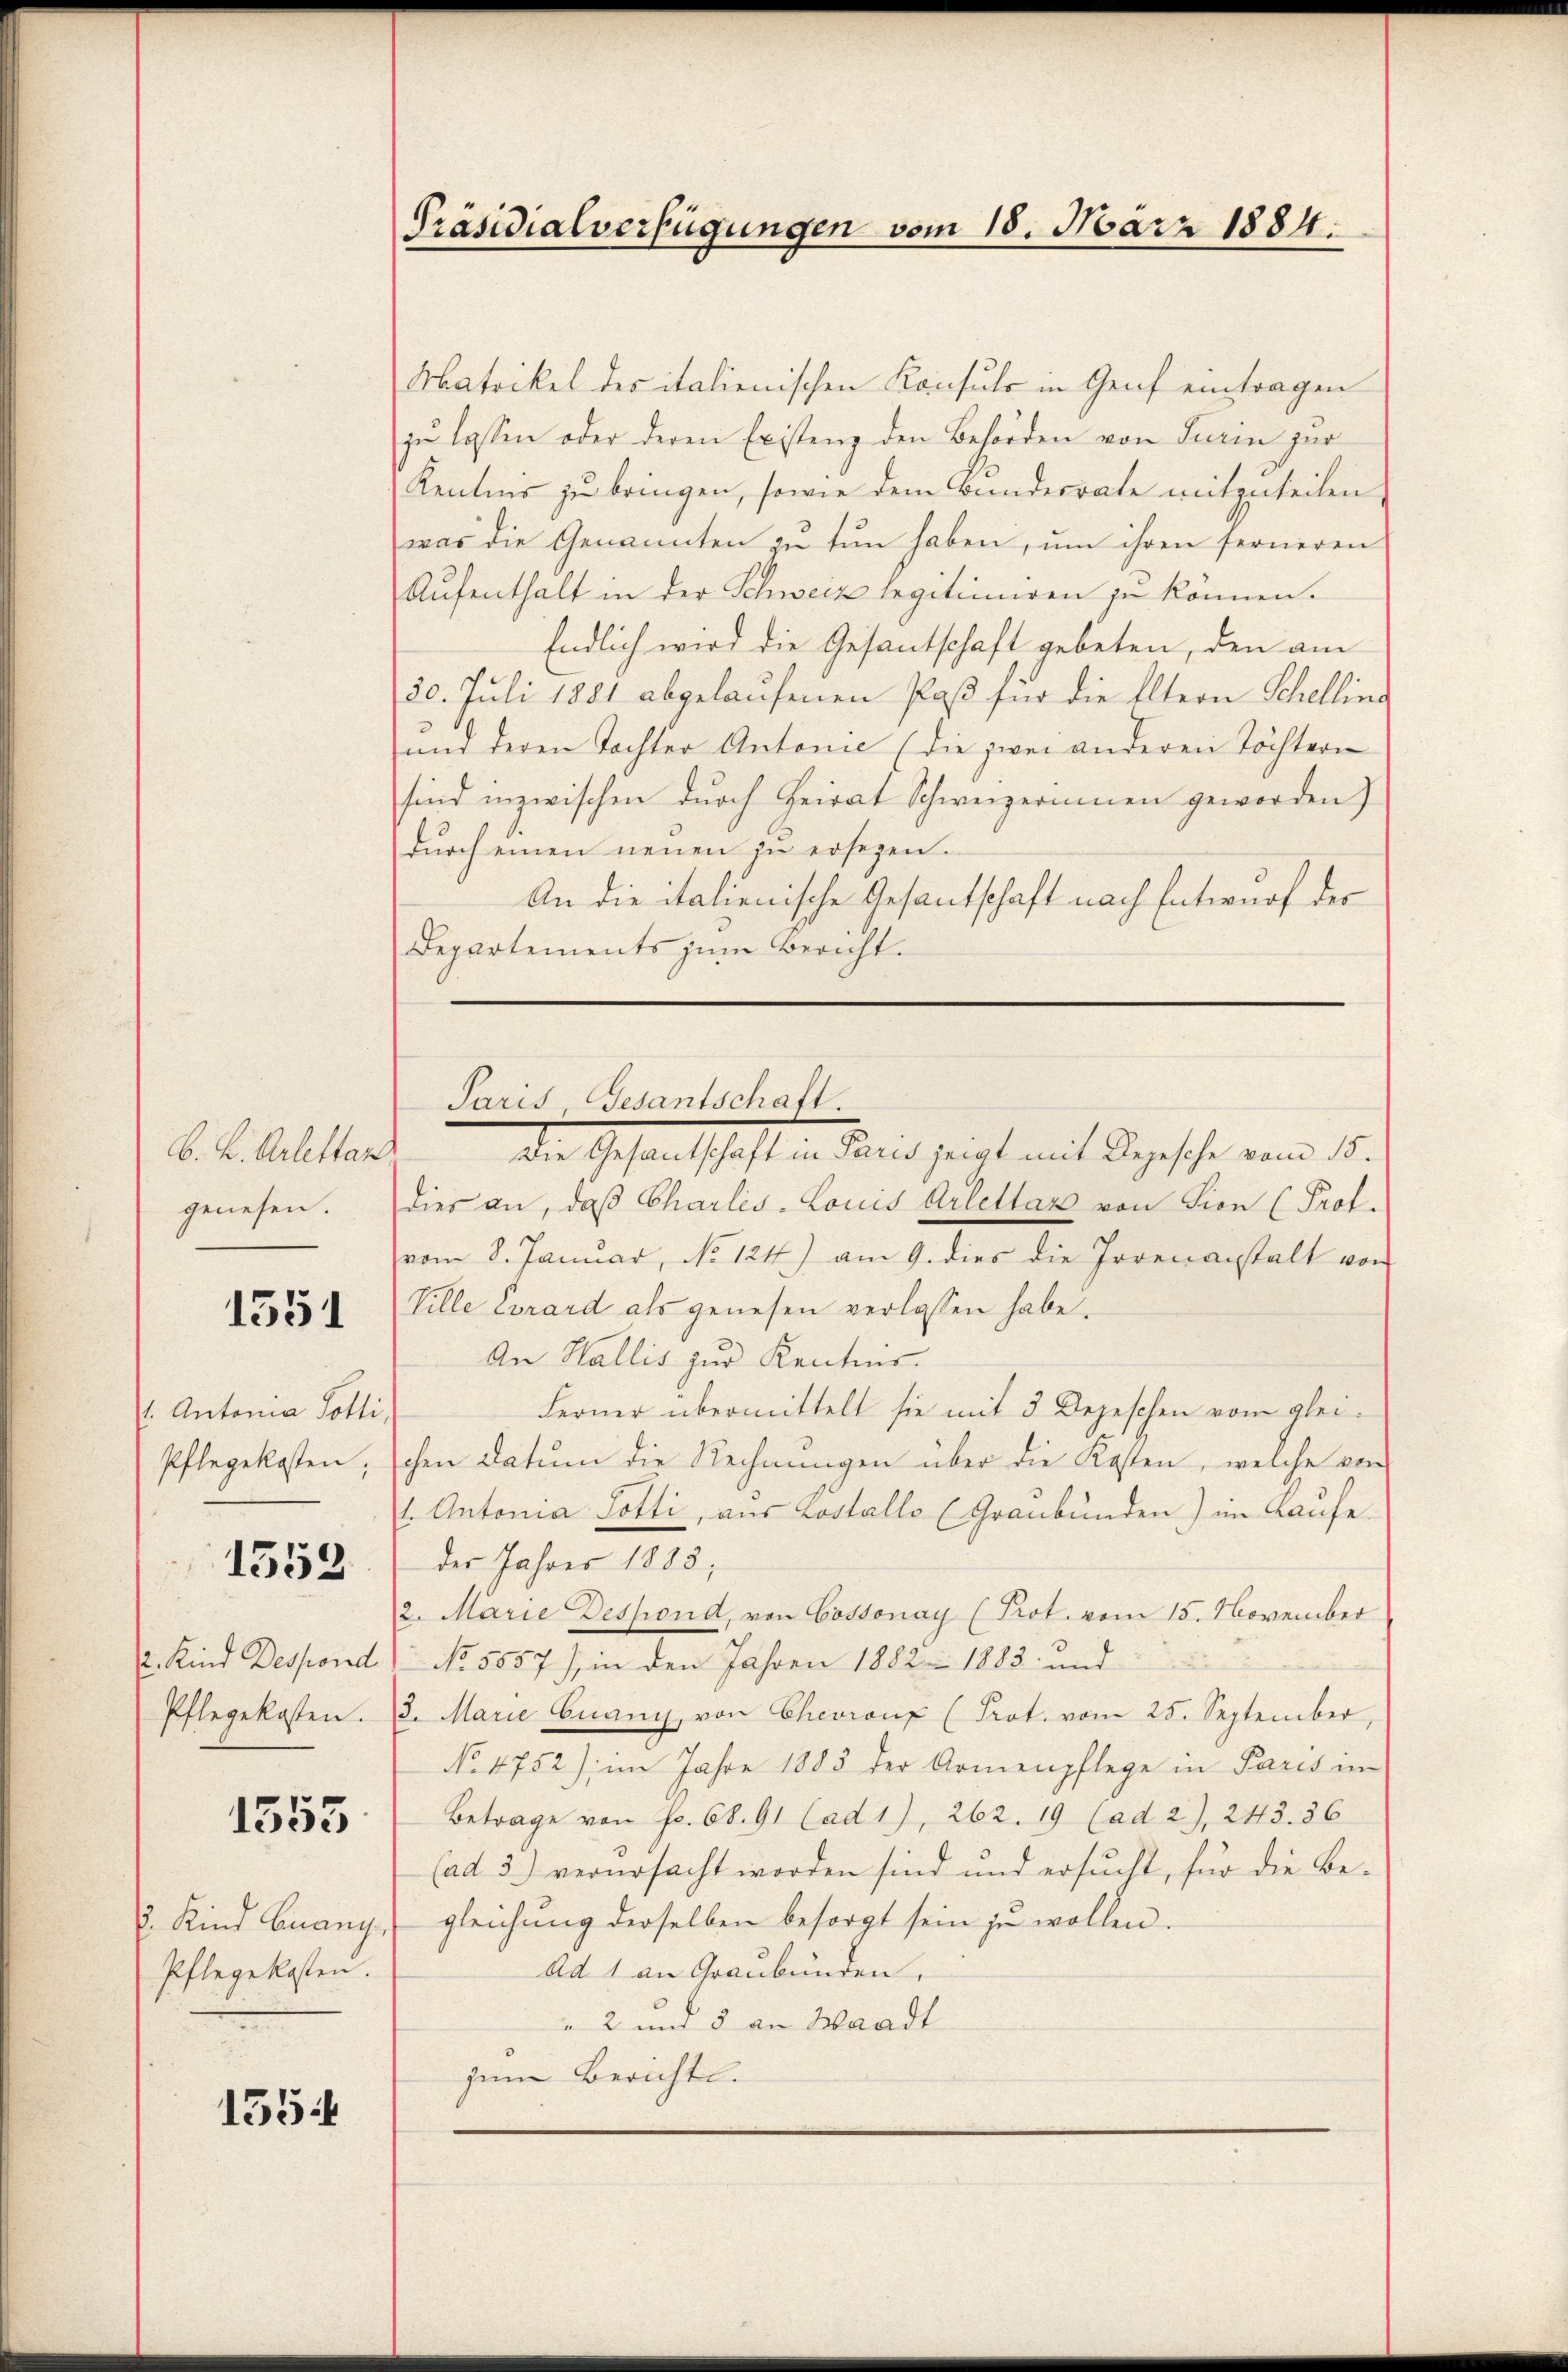
B. K. Arlettan
genesen.

1551

. Antonia Potti
Pflegekosten;

1552

2. Kind Despond
Pflegekosten.

1555

Pflegekosten.

1554

Matrikel des italienischen Konsuls in Genf eintragen
zu lassen oder deren Existenz den Behörden von Turin zur
Kenntnis zu bringen, sowie dem Bundesrate mitzuteilen
was die Genannten zŭ tun haben, ŭm ihren ferneren
Aufenthalt in der Schweiz legitimiren zu können.
Endlich wird die Gesantschaft gebeten, den am
30. Juli 1881 abgelaufenen Paß für die Eltern Schellino
nnd deren Tochter Antonie (die zwei anderen Töchtern
sind inzwischen durch Heirat Schweizerinnen geworden)
dŭrch einen neuen zŭ ersezen.
An die italienische Gesantschaft nach Entwurf der
Departements zŭm Bericht.

Präsidialverfügungen vom 18. März 1884.

die Gesandtschaft in Weid zeigt mit Angesche vom 16.
dies an, daß Charlis-Louis Arlellar von Lion (Prof.
vom 8. Januar, No 124.) am 9. dies die Jovenanstalt von
Ville Corard als genesen verlassen habe.
An Wallis zur Kenntnis.
Ferner übermittelt sie mit 3 Depeschen vom gleichen Datum die Rechnungen über die Kosten, welche von
1. Antonia Dotti, aus Lostallo (Graubünden) im Kaufe
der Jahres 1883;
2. Marie Despond, von Cossonay (Prot. vom 15. November
) No 5857), in den Jahren 1882 - 1883 und
2. Marie Cuany, von Chevaux (Prot. vom 25. September,
No 4752) im Jahre 1883 der Armenpflege in Paris in
Betrage von Fr. 68. 91 (ad 1), 262. 19 (ad 2), 243. 36
(ad 3) verursacht worden sind und ersucht, für die Be-
2. Kind Quany gleichŭng derselben besorgt sein zŭ wollen.
Ad 1 an Graubünden.
" 2 und 5 an Waadt
zum Berichte.

Paris, Gesantschaft.